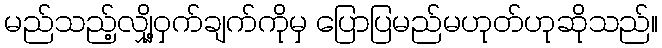
မည်သည့်လျှို့ဝှက်ချက်ကိုမှ ပြောပြမည်မဟုတ်ဟုဆိုသည်။